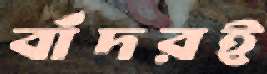
বাঁদরই